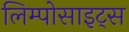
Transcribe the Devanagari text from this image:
लिम्पोसाइट्स